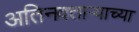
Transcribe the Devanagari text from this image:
अतिनवताऱ्याच्या